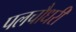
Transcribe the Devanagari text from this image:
पलचौधरी